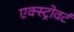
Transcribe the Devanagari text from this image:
एक्स्ट्रोवर्ट